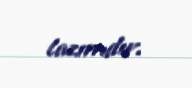
lazımdır.